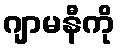
ဂျာမနီကို